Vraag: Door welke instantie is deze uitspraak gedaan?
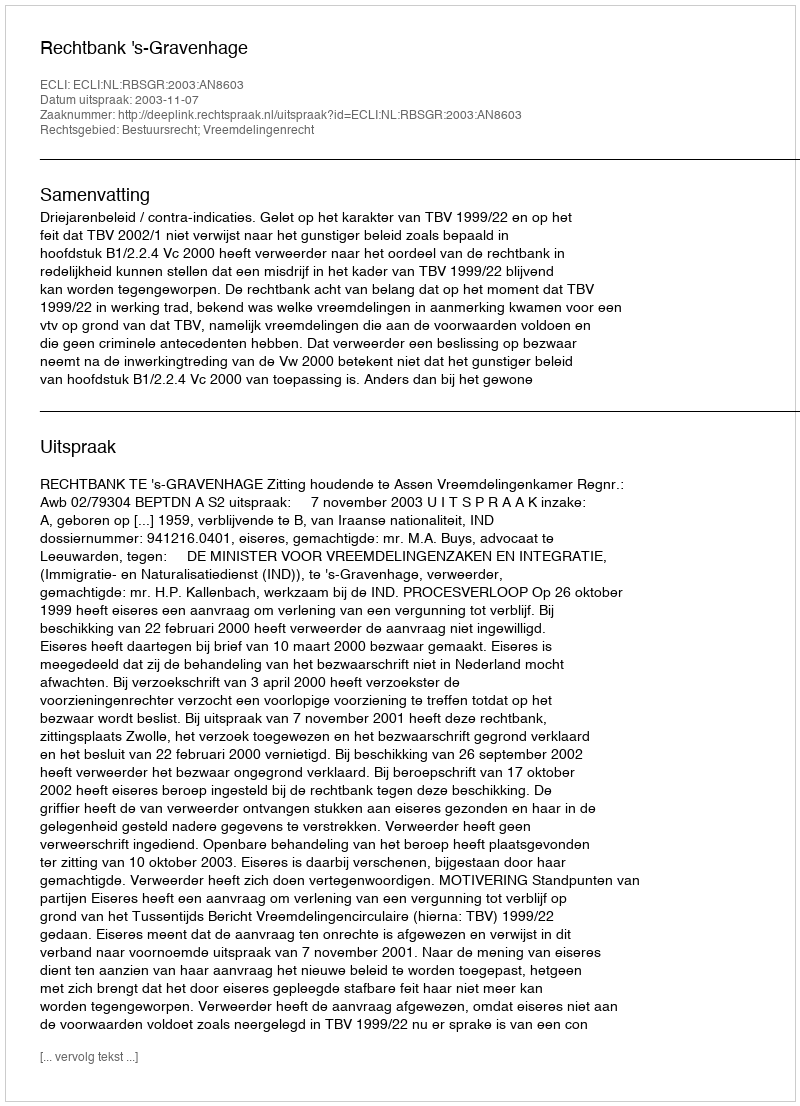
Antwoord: Rechtbank 's-Gravenhage